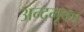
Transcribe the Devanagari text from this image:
अन्दमूका